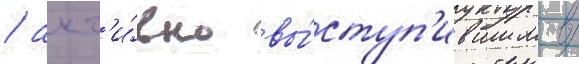
/ акт'и́вно вы́ступ'ившим в